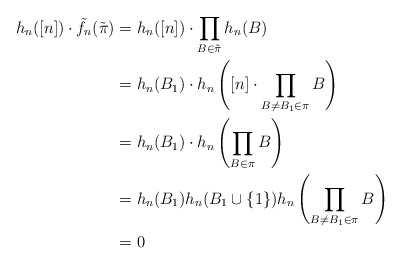
\begin{align*}h_n([n]) \cdot \tilde{f}_n(\tilde{\pi}) &= h_n([n])\cdot \prod_{B \in \tilde{\pi}} h_n(B) \\&= h_n(B_1) \cdot h_n \left([n] \cdot \prod_{B\neq B_1 \in \pi} B\right) \\&= h_n(B_1) \cdot h_n\left(\prod_{B\in \pi} B\right) \\&= h_n(B_1) h_n(B_1 \cup \{1\}) h_n \left(\prod_{B\neq B_1 \in \pi} B\right)\\&=0\end{align*}